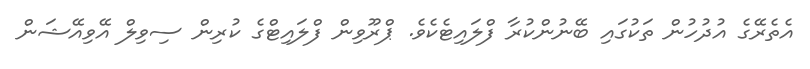
އެތެރޭގެ އުދުހުން ތަކުގައި ބޭނުންކުރާ ފްލައިޓެކެވެ. ޕްރޫވިން ފްލައިޓްގެ ކުރިން ސިވިލް އޭވިއޭޝަން